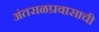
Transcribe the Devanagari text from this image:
अंतराळप्रवासाची